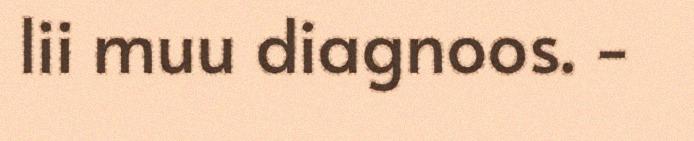
lii muu diagnoos. -